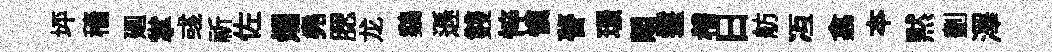
坪穡廽掌彧祈佐爛堯腮龙鷄遜䨇悴愼瞢璟覿鬟稽日舫冱翕夲黙劃澤